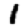
Digit: 1